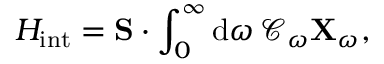
H _ { \mathrm { i n t } } = \mathbf { S } \cdot \int _ { 0 } ^ { \infty } \mathrm { d } \omega \, \mathcal { C } _ { \omega } \mathbf { X } _ { \omega } ,